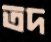
তদ